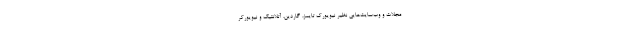
مجلات و وب‌سایت‌هایی نظیر نیویورک تایمز، گاردین، آتلانتیک و نیویورکر